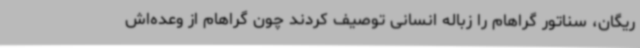
ریگان، سناتور گراهام را زباله انسانی توصیف کردند چون گراهام از وعده‌اش